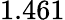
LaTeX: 1.461